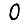
Digit: 0